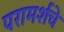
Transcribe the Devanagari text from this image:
परामर्शचे